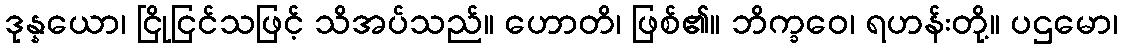
ဒုန္နယော၊ ငြိုငြင်သဖြင့် သိအပ်သည်။ ဟောတိ၊ ဖြစ်၏။ ဘိက္ခဝေ၊ ရဟန်းတို့။ ပဌမော၊